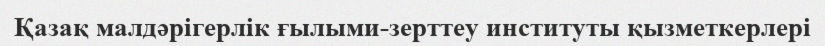
Қазақ малдәрігерлік ғылыми-зерттеу институты қызметкерлері